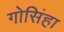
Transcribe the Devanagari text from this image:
गोसिंहा